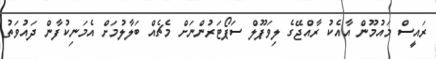
ރައީސް މައުމޫން އާއެކު ރާއްޖޭގެ ލިވަޕޫލް ސަޕޯޓަރުންނަށް މެޗެއް ބަލާލުމަށް އެމަނިކުފާން ދައުވަތު